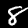
Digit: 8